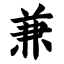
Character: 兼